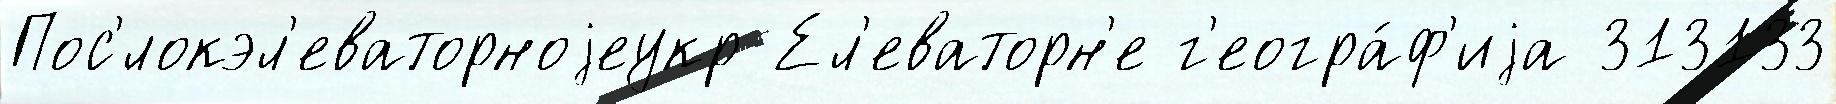
Пос'́локэл'еваторноjеукр Ел'еваторн'е г'еогра́ф'иjа 313133